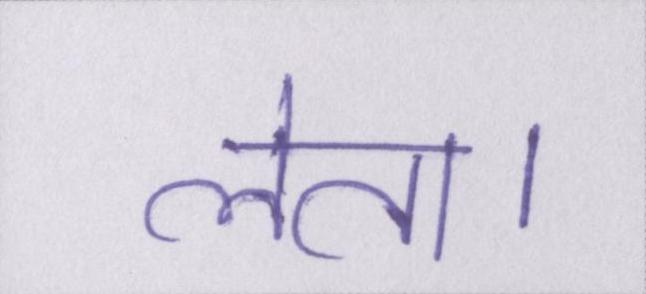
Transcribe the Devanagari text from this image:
लेता।